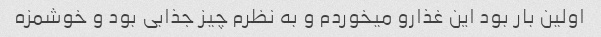
اولین بار بود این غذارو میخوردم و به نظرم چیز جذابی بود و خوشمزه